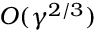
O ( \gamma ^ { 2 / 3 } )